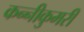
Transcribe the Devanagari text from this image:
कन्नीकुमरी